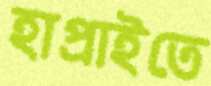
হাপ্‌রাইতে